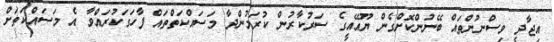
އިޖާދީ ވިސްނުންތައް ބޭނުންކޮށްގެން ޔޫއޭއީގެ ސަރުކާރުން ކުރަމުންދާ މަސައްކަތްތައް ފާހަގަކުރަައްވާ އެ މަސައްކަތަށް